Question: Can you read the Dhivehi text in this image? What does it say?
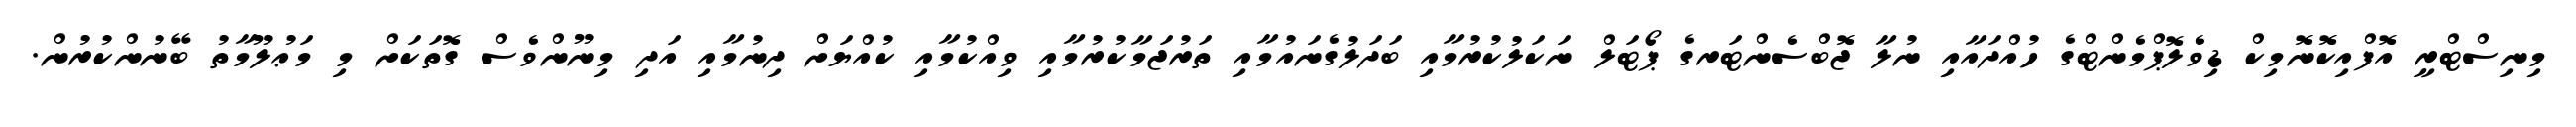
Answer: މިނިސްޓްރީ އޮފްއިކޮނޮމިކް ޑިވެލޮޕްމެންޓްގެ ހުއްދައާއި ނުލާ ޖޮބްސެންޓަރގެ ޕޯޓަލް ނަކަލުކުރުމާއި ބަދަލުގެނައުމާއި ތަރުޖަމާކުރުމާއި ވިއްކުމާއި ކުއްޔަށް ދިނުމާއި އަދި މިނޫންވެސް ގޮތަކަށް މި މަޢުލޫމާތު ބޭނުންކުރުން.